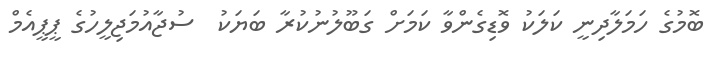
ބޮމުގެ ހަމަލާދިނީ ކަލަކު ވޮޑިގެންވާ ކަމަށް ގަބޫލުނުކުރާ ބަޔަކު  ސުޖާއުމަޖިލީހުގެ ޕީޕީއެމް